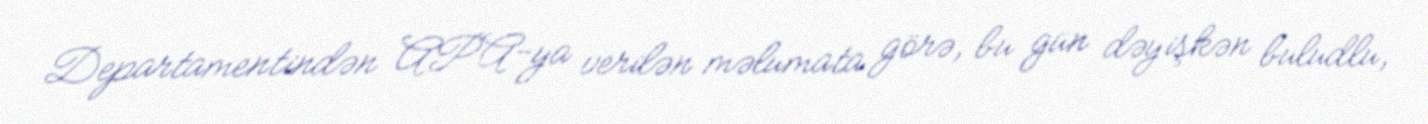
Departamentindən APA-ya verilən məlumata görə, bu gün dəyişkən buludlu,